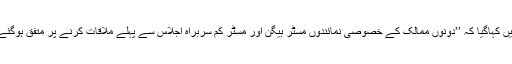
ریلیزمیں کہاگیا کہ ’’دونوں ممالک کے خصوصی نمائندوں مسٹر بیگن اور مسٹر کم سربراہ اجلاس سے پہلے ملاقات کرنے پر متفق ہوگئے ہیں‘‘۔